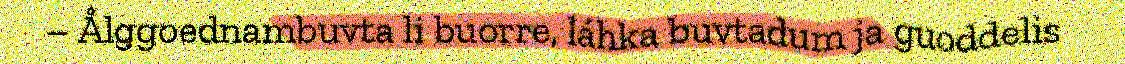
– Ålggoednambuvta li buorre, láhka buvtadum ja guoddelis